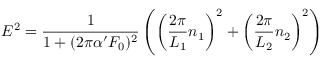
E ^ { 2 } = \frac { 1 } { 1 + ( 2 \pi \alpha ^ { \prime } F _ { 0 } ) ^ { 2 } } \left( \left( \frac { 2 \pi } { L _ { 1 } } n _ { 1 } \right) ^ { 2 } + \left( \frac { 2 \pi } { L _ { 2 } } n _ { 2 } \right) ^ { 2 } \right)